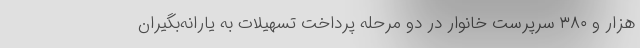
هزار و ۳۸۰ سرپرست خانوار در دو مرحله پرداخت تسهیلات به یارانه‌بگیران